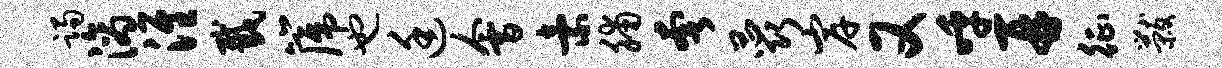
躅滴淮截篪也廷会索脯奢蕊岸又呼再征黻